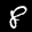
Label: 8